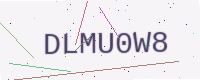
Text: DLMU0W8